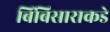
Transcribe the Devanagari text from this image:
बिंबिसाराकडे